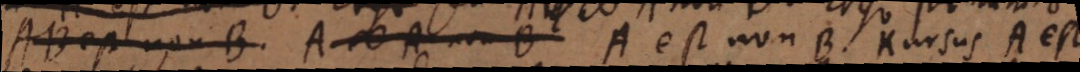
B est non B A # A non B A est non B. Rursus A est